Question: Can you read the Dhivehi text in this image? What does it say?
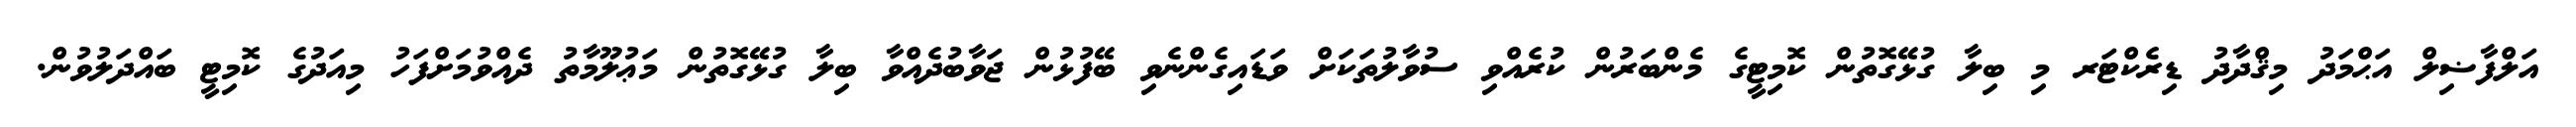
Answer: އަލްފާޟިލް އަޙްމަދު މިޤްދާދު ޑިރެކްޓަރ މި ބިލާ ގުޅޭގޮތުން ކޮމިޓީގެ މެންބަރުން ކުރެއްވި ސުވާލުތަކަށް ވަޑައިގެންނެވި ބޭފުޅުން ޖަވާބުދެއްވާ ބިލާ ގުޅޭގޮތުން މަޢުލޫމާތު ދެއްވުމަށްފަހު މިއަދުގެ ކޮމިޓީ ބައްދަލުވުން.